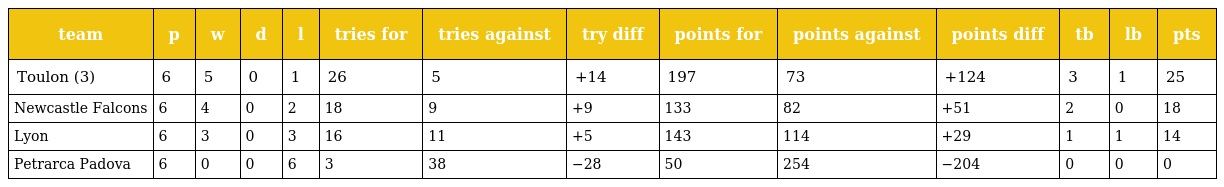
| team | p | w | d | l | tries for | tries against | try diff | points for | points against | points diff | tb | lb | pts |
 | --- | --- | --- | --- | --- | --- | --- | --- | --- | --- | --- | --- | --- | --- |
 | Toulon (3) | 6 | 5 | 0 | 1 | 26 | 5 | +14 | 197 | 73 | +124 | 3 | 1 | 25 |
 | Newcastle Falcons | 6 | 4 | 0 | 2 | 18 | 9 | +9 | 133 | 82 | +51 | 2 | 0 | 18 |
 | Lyon | 6 | 3 | 0 | 3 | 16 | 11 | +5 | 143 | 114 | +29 | 1 | 1 | 14 |
 | Petrarca Padova | 6 | 0 | 0 | 6 | 3 | 38 | −28 | 50 | 254 | −204 | 0 | 0 | 0 |